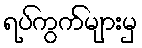
ရပ်ကွက်များမှ